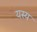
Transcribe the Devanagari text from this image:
यस्‍य